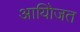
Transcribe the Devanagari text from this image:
आयोिजत